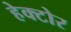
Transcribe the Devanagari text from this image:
हेक्टोर